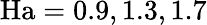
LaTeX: \mathrm{Ha}=0.9,1.3,1.7